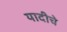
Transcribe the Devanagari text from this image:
यादीचे